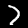
Digit: 7